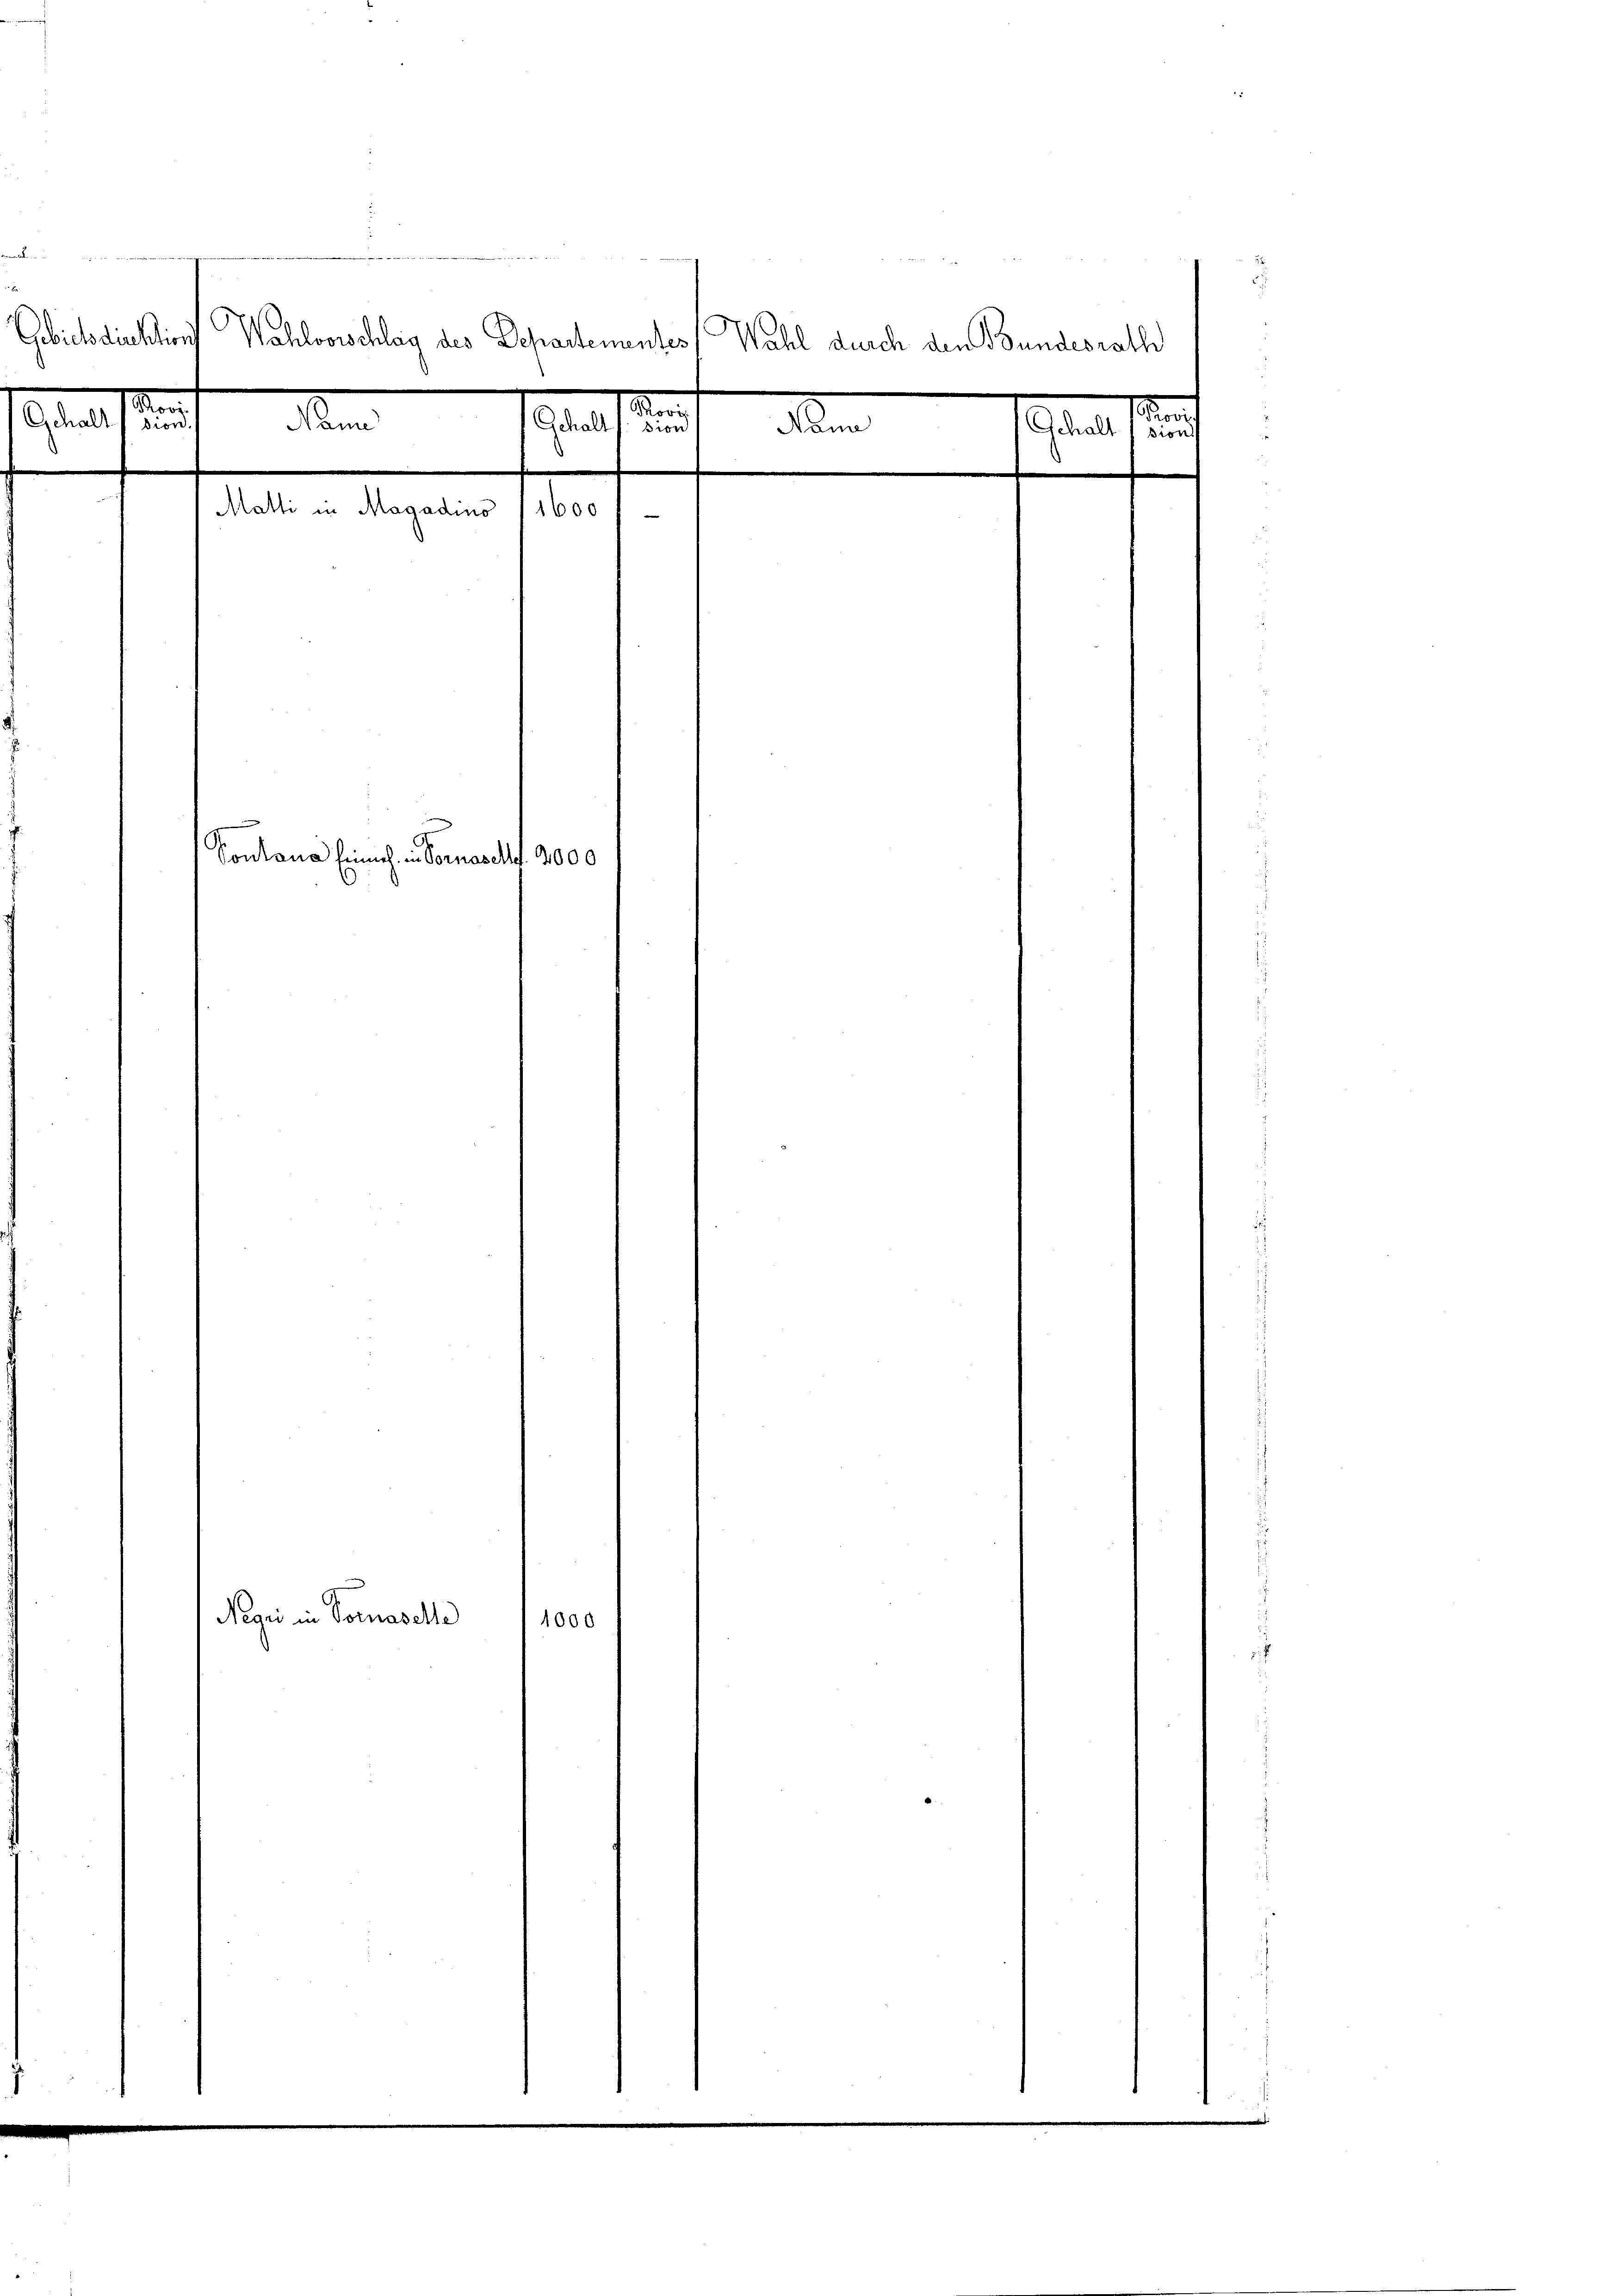
.
Gebiet direktion
Wahlvorschlag des Departementer
Wahl durch den Bundesrath
d
d
n
Gehalt, dien
Nan
Gehalt /: sion
Nann
Gchalt
Bron

Matti in Magadino 11600
Sontana Einsch, in Vornascht. 2000

Negi in Somaselle
1000